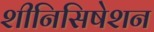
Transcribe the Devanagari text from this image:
शीनिसिषेशन